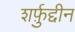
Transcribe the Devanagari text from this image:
शर्फ़ुद्दीन